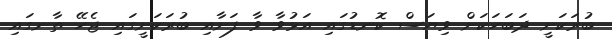
ބުރަކަށީ ދަބަހަކަށް ވިޔަސް ކޮނޑުގައި އަޅުވާ ވާ ފަށާއި ބުރަކަށީގައި ޖެހޭ ތާނގައި